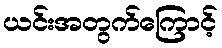
ယင်းအတွက်ကြောင့်